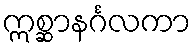
ဣစ္ဆာနင်္ဂလကာ